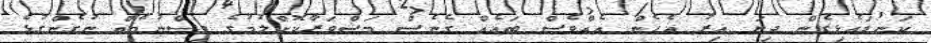
ކަނޑައެޅިގެން ދިޔަ އިރު އެހެން އެއްވެސް ބައެއް ގެނެސް މަޝްވަރާކޮށްލުމުގެ ވިސްނުމެއް ނުގެންގުޅެ